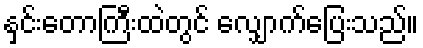
နှင်းတောကြီးထဲတွင် လျှောက်ပြေးသည်။